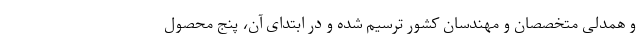
و همدلی متخصصان و مهندسان کشور ترسیم شده و در ابتدای آن، پنج محصول